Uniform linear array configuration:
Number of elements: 24
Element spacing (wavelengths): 0.5
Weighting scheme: hann
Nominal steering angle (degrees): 30
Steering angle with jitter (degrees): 30.045
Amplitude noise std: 0.05
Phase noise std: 0.05

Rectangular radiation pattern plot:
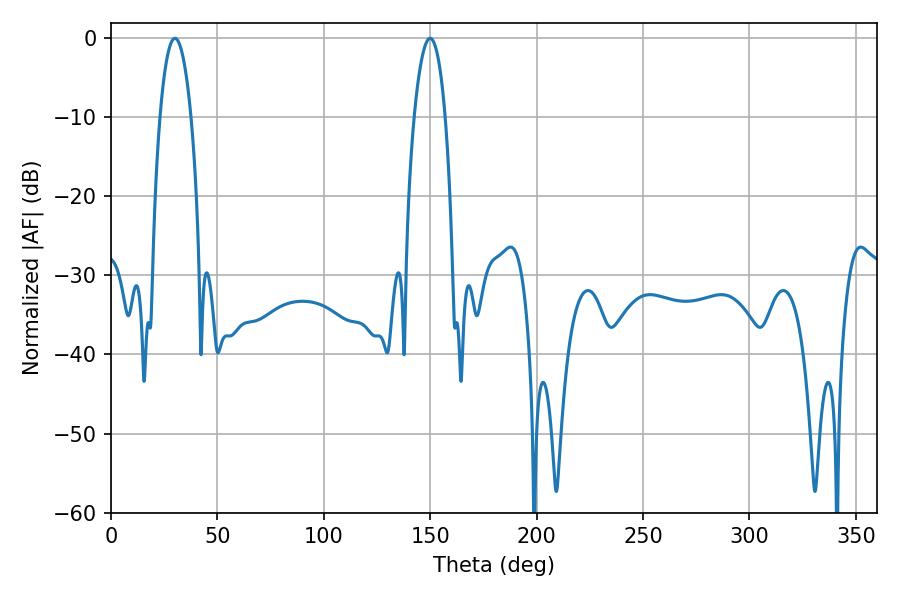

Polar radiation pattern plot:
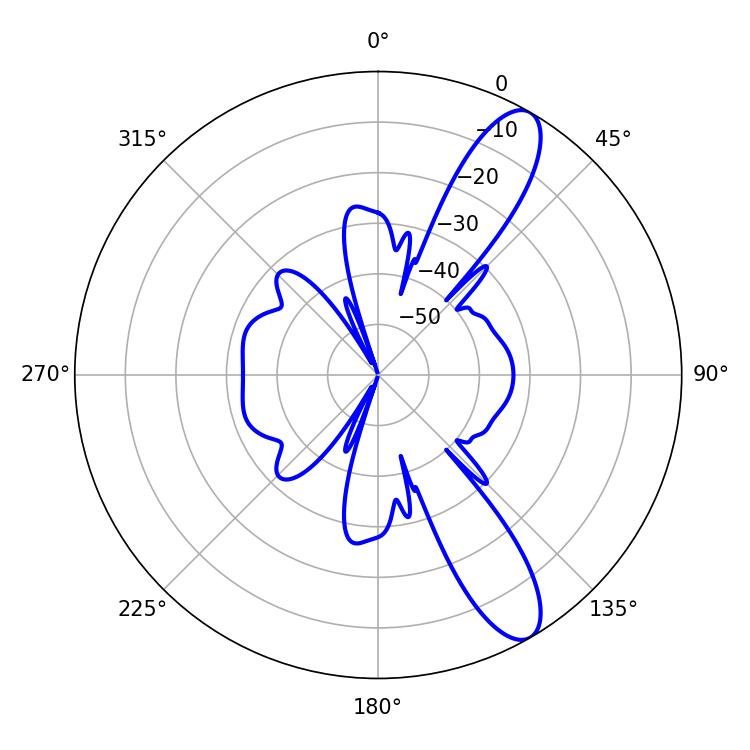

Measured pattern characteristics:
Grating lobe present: FALSE
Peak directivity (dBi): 11.195
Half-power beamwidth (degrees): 8.1
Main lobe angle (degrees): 30.06